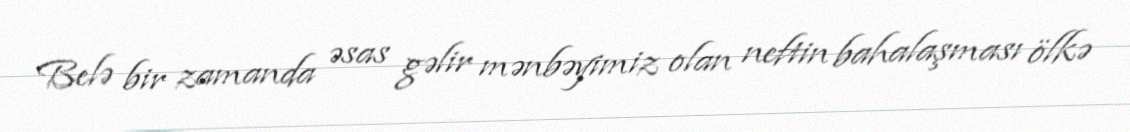
Belə bir zamanda əsas gəlir mənbəyimiz olan neftin bahalaşması ölkə